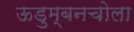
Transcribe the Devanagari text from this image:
ऊडुम्बनचोला